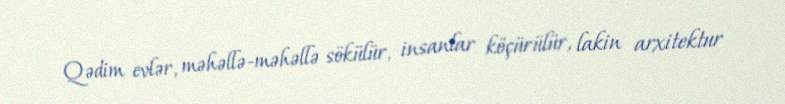
Qədim evlər, məhəllə-məhəllə sökülür, insanlar köçürülür, lakin arxitektur